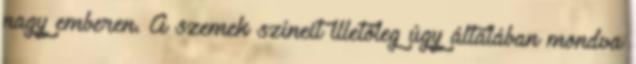
nagy emberen. A szemek színeit illetőleg úgy általában mondva